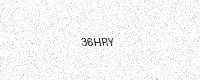
Text: 36HRY